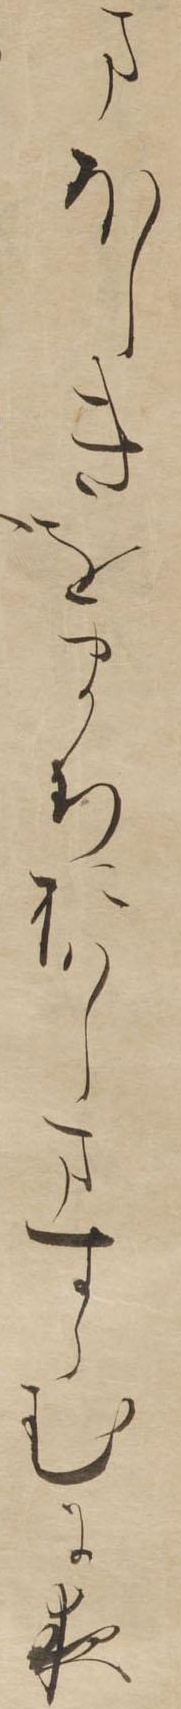
まほしきをまちおはしますらむに夜